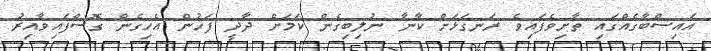
އައިސްބާގެއްގައި ތާށިވެފައިވެ ރަނގަޅަށް ކާނާ ނުލިބިގެން ކަމަށް ދާދީ ފަހުން އެހިގެން ގޮސްފައިވާއިރު